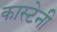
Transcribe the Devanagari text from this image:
कास्टेनी